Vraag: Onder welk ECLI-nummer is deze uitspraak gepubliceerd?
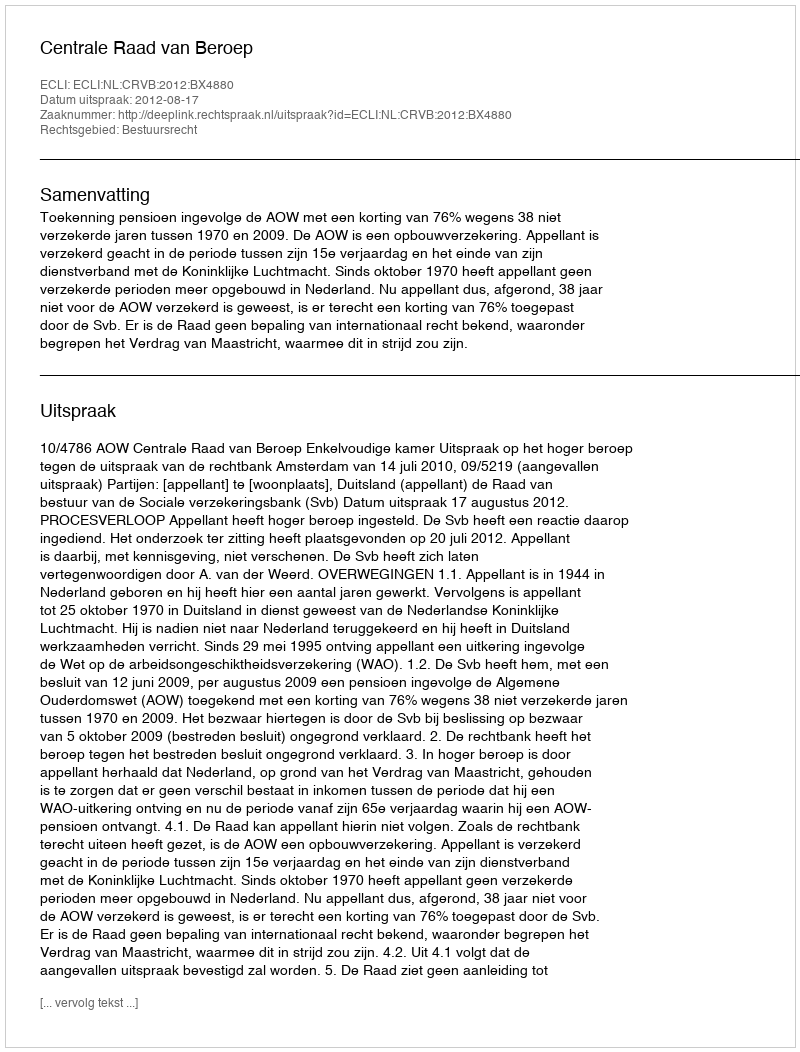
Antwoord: ECLI:NL:CRVB:2012:BX4880